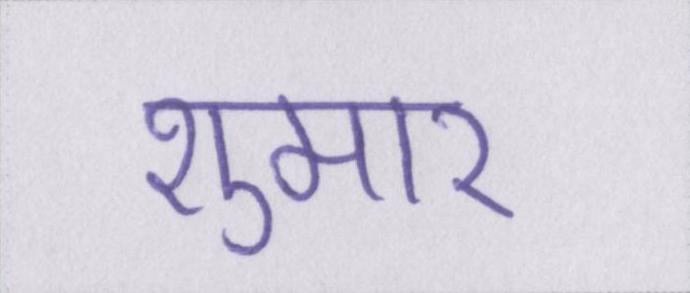
शुमार